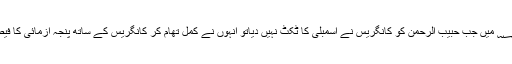
۲۰۰۸ ؁ میں جب حبیب الرحمٰن کو کانگریس نے اسمبلی کا ٹکٹ نہیں دیاتو انہوں نے کمل تھام کر کانگریس کے ساتھ پنجہ آزمائی کا فیصلہ کیا۔